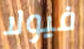
فيولا